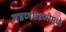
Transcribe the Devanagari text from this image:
जडणघडणीमध्ये